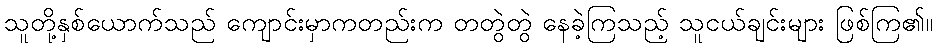
သူတို့နှစ်ယောက်သည် ကျောင်းမှာကတည်းက တတွဲတွဲ နေခဲ့ကြသည့် သူငယ်ချင်းများ ဖြစ်ကြ၏။